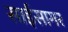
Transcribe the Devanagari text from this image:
साईसागर